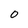
Character: 0